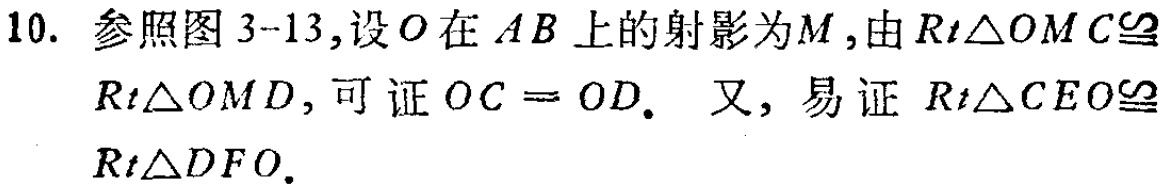
10. 参照图 3-13,设 \(O\) 在 \(AB\) 上的射影为 \(M\),由 \(Rt\triangle OMC\cong Rt\triangle OMD\),可证 \(OC = OD\). 又, 易证 \(Rt\triangle CEO\cong Rt\triangle DFO\).